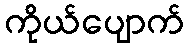
ကိုယ်ပျောက်